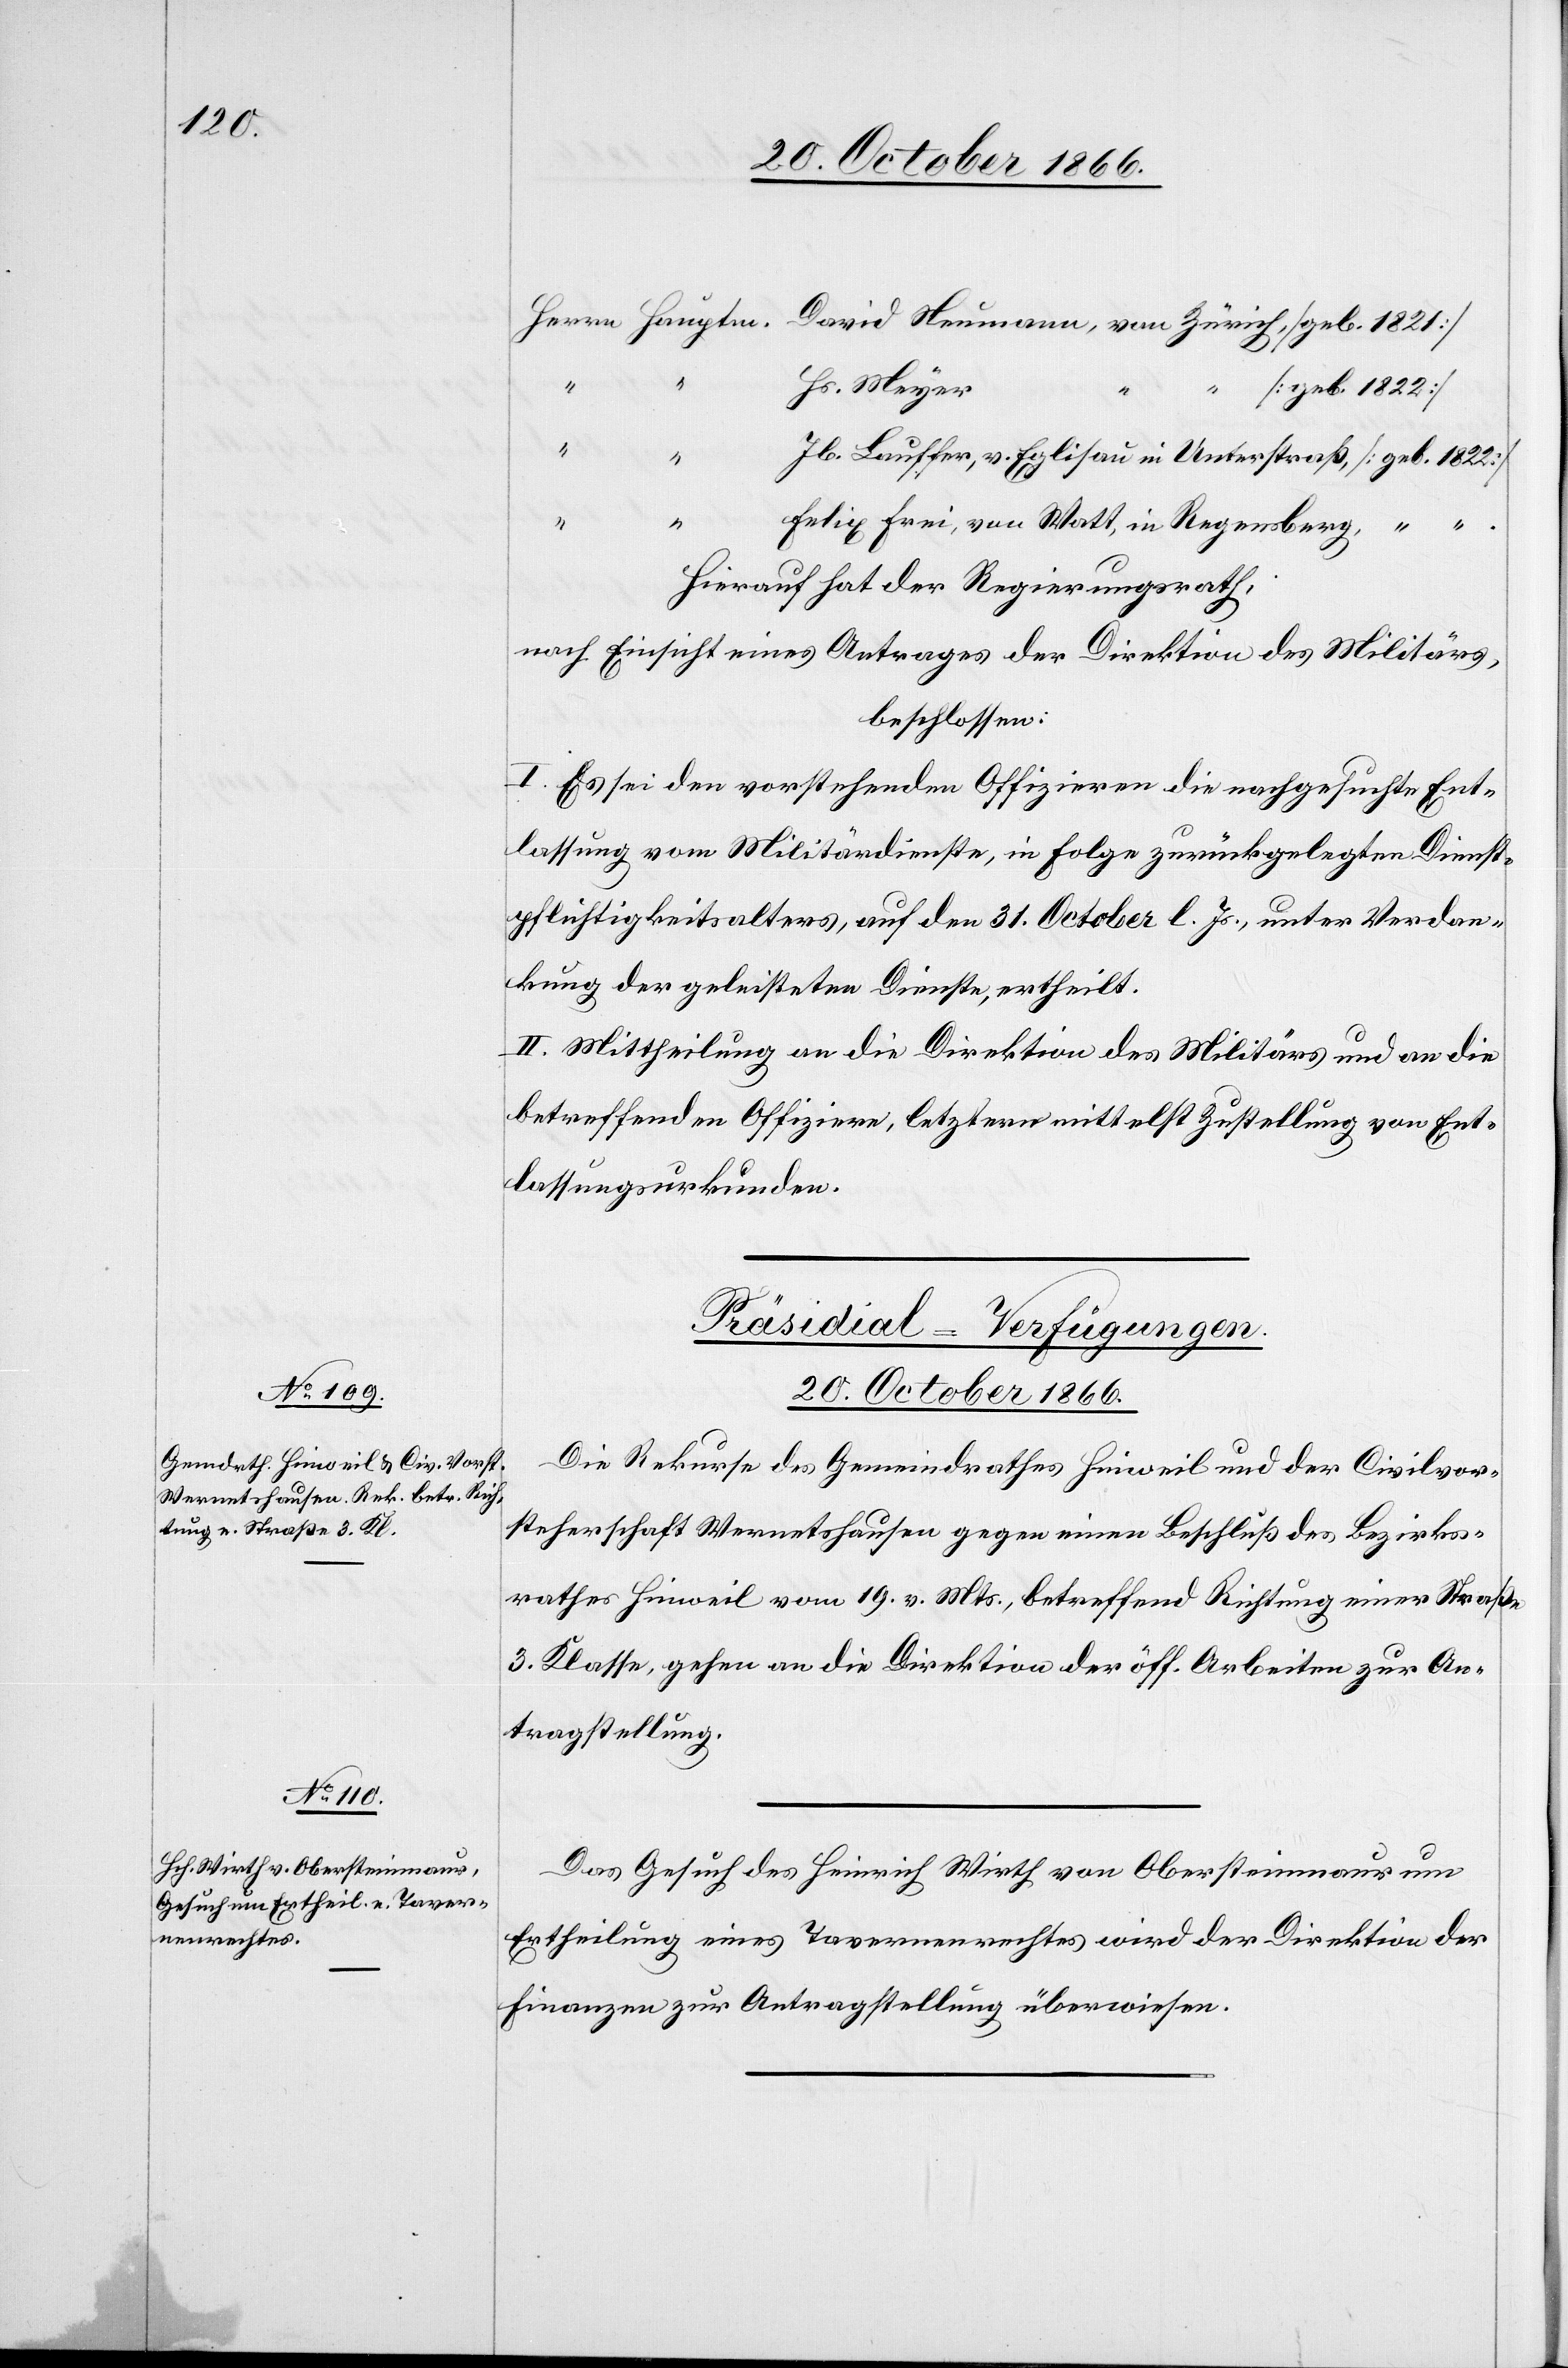
Herrn Hauptm. David Neumann, von Zürich, [geb. 1821]
Hs. Meyer
“ [geb. 1822]
“
Jb. Lauffer, v. Eglisau in Unterstraß, [geb. 1822]
“
“
Felix Frei, von Watt, in Regensberg, “ “
Hierauf hat der Regierungsrath,
nach Einsicht eines Antrages der Direktion des Militärs,
beschlossen:
I. Es sei den vorstehenden Offizieren die nachgesuchte Ent¬
lassung vom Militärdienste, in Folge zurückgelegten Dienst¬
pflichtigkeitsalters, auf den 31. October l. Js., unter Verdan¬
kung der geleisteten Dienste, ertheilt.
II. Mittheilung an die Direktion des Militärs und an die
betreffenden Offiziere, letztern mittelst Zustellung von Ent¬
lassungsurkunden.
[Präsidial-Verfügungen.
20. October 1866.]
Die Rekurse des Gemeindrathes Hinweil und der Civilvor¬
steherschaft Wernetshausen gegen einen Beschluß des Bezirks¬
rathes Hinweil vom 19. v. Mts, betreffend Richtung einer Straße
3. Klasse, gehen an die Direktion der öff. Arbeiten zur An¬
tragstellung.
Das Gesuch des Heinrich Wirth von Obersteinmaur um
Ertheilung eines Tavernenrechtes wird der Direktion der
Finanzen zur Antragstellung überwiesen.